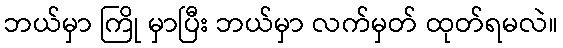
ဘယ်မှာ ကြို မှာပြီး ဘယ်မှာ လက်မှတ် ထုတ်ရမလဲ။